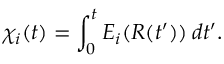
\chi _ { i } ( t ) = \int _ { 0 } ^ { t } E _ { i } ( R ( t ^ { \prime } ) ) \: d t ^ { \prime } .